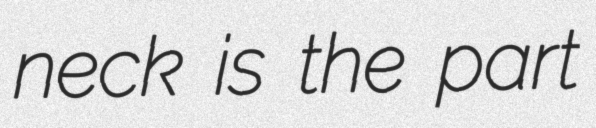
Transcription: neck is the part